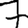
Digit: 7